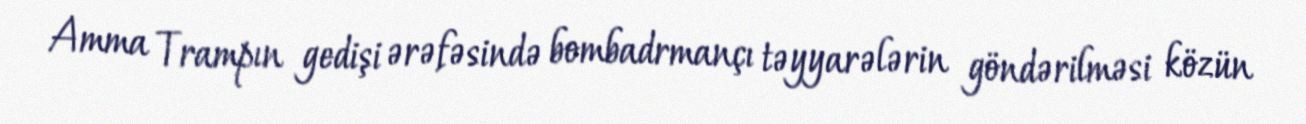
Amma Trampın gedişi ərəfəsində bombadrmançı təyyarələrin göndərilməsi közün